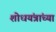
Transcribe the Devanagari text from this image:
शोधयंत्रांच्या